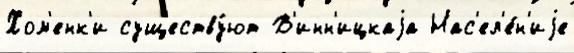
Хом'енк'и существу́ют В'инн'ицкаjа Нас'ел'е́н'иjе